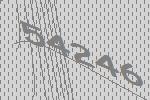
54246